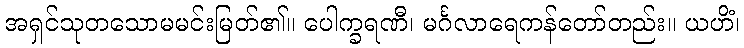
အရှင်သုတသောမမင်းမြတ်၏။ ပေါက္ခရဏီ၊ မင်္ဂလာရေကန်တော်တည်း။ ယဟိံ၊